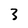
Character: 3